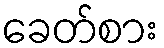
ခေတ်စား